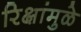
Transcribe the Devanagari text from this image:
रिक्षांमुळे